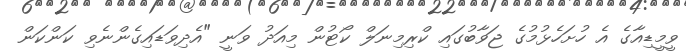
ވީމީޑިއާގެ އެ ހުށަހެޅުމުގެ ޖަވާބުގައި ކްރިމިނަލް ކޯޓުން މިއަދު ވަނީ "އެދިވަޑައިގެންނެވި ކަންކަން